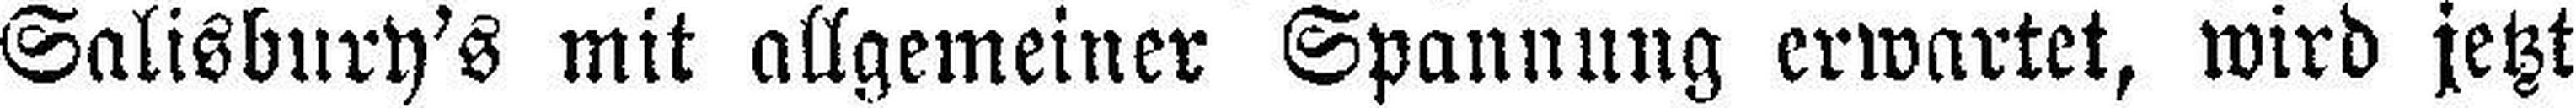
Salisbury's mit allgemeiner Spannung erwartet, wird jetzt